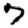
Digit: 7